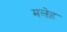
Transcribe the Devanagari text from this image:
मलेह